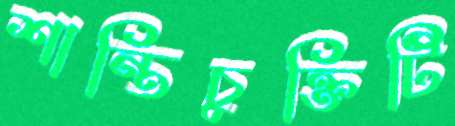
শান্তিচুক্তিটি